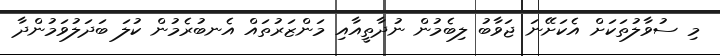
މި ސުވާލުތަކަށް އެކަށޭނަ ޖަވާބު ލިބެމުން ނުދާތީއާއި މަންޒަރުތައް އެނބުރެމުން ކުލަ ބަދަލުވަމުންދާ